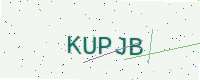
Text: KUPJB